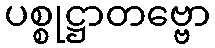
ပစ္စုဋ္ဌာတဗ္ဗော